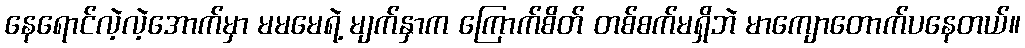
နေရောင်လဲ့လဲ့အောက်မှာ မမမေရဲ့ မျက်နှာက ကြောက်စိတ် တစ်စက်မရှိဘဲ မာကျောတောက်ပနေတယ်။